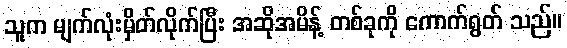
သူက မျက်လုံးမှိတ်လိုက်ပြီး အဆိုအမိန့် တစ်ခုကို ကောက်ရွတ် သည်။